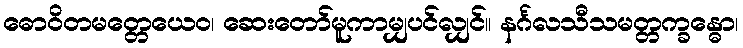
ဓောဝိတမတ္တေယေဝ၊ ဆေးတော်မူကာမျှပင်လျှင်။ နင်္ဂလသီသမတ္တက္ခန္ဓော၊